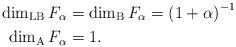
LaTeX: \begin{align*} \dim_{\rm LB}F_{\alpha}&=\dim_{\rm B}F_{\alpha}=\left(1+\alpha\right)^{-1}\\ \qquad\dim_{\rm A}F_{\alpha}&=1.\end{align*}